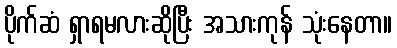
ပိုက်ဆံ ရှာရမလားဆိုပြီး အသားကုန် သုံးနေတာ။